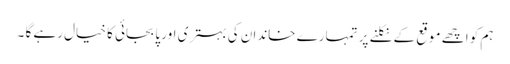
ہم کو اچھے موقع کے نکلنے پر تمہارے خاندان کی بہتری اور پابجائی کا خیال رہے گا ۔